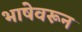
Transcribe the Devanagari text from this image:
भाषेवरून